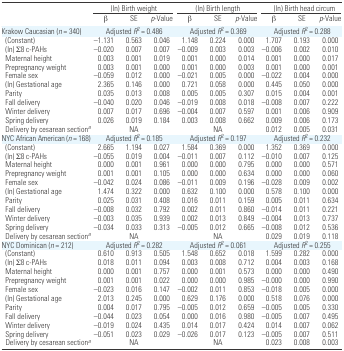
<table><thead><tr><td></td><td colspan="3"><b>(ln) Birth weight</b></td><td colspan="3"><b>(ln) Birth length</b></td><td colspan="3"><b>(ln) Birth head circum</b></td></tr><tr><td></td><td><b>β</b></td><td><b>SE</b></td><td><b><i>p</i>-Value</b></td><td><b>β</b></td><td><b>SE</b></td><td><b><i>p</i>-Value</b></td><td><b>β</b></td><td><b>SE</b></td><td><b><i>p</i>-Value</b></td></tr></thead><tbody><tr><td>Krakow Caucasian (<i>n</i> = 340)</td><td colspan="3">Adjusted <i>R</i><sup>2</sup> = 0.486</td><td colspan="3">Adjusted <i>R</i><sup>2</sup> = 0.369</td><td colspan="3">Adjusted <i>R</i><sup>2</sup> = 0.288</td></tr><tr><td> (Constant)</td><td>−1.131</td><td>0.563</td><td>0.046</td><td>1.148</td><td>0.224</td><td>0.000</td><td>1.707</td><td>0.193</td><td>0.000</td></tr><tr><td> (ln) ∑8 c-PAHs</td><td>−0.020</td><td>0.007</td><td>0.007</td><td>−0.009</td><td>0.003</td><td>0.003</td><td>−0.006</td><td>0.002</td><td>0.010</td></tr><tr><td> Maternal height</td><td>0.003</td><td>0.001</td><td>0.019</td><td>0.001</td><td>0.000</td><td>0.014</td><td>0.001</td><td>0.000</td><td>0.017</td></tr><tr><td> Prepregnancy weight</td><td>0.003</td><td>0.001</td><td>0.000</td><td>0.001</td><td>0.000</td><td>0.003</td><td>0.001</td><td>0.000</td><td>0.001</td></tr><tr><td> Female sex</td><td>−0.059</td><td>0.012</td><td>0.000</td><td>−0.021</td><td>0.005</td><td>0.000</td><td>−0.022</td><td>0.004</td><td>0.000</td></tr><tr><td> (ln) Gestational age</td><td>2.365</td><td>0.146</td><td>0.000</td><td>0.721</td><td>0.058</td><td>0.000</td><td>0.445</td><td>0.050</td><td>0.000</td></tr><tr><td> Parity</td><td>0.035</td><td>0.013</td><td>0.008</td><td>0.005</td><td>0.005</td><td>0.307</td><td>0.015</td><td>0.004</td><td>0.001</td></tr><tr><td> Fall delivery</td><td>−0.040</td><td>0.020</td><td>0.046</td><td>−0.019</td><td>0.008</td><td>0.018</td><td>−0.008</td><td>0.007</td><td>0.222</td></tr><tr><td> Winter delivery</td><td>0.007</td><td>0.017</td><td>0.696</td><td>−0.004</td><td>0.007</td><td>0.597</td><td>0.001</td><td>0.006</td><td>0.909</td></tr><tr><td> Spring delivery</td><td>0.026</td><td>0.019</td><td>0.184</td><td>0.003</td><td>0.008</td><td>0.662</td><td>0.009</td><td>0.006</td><td>0.173</td></tr><tr><td> Delivery by cesarean sectiona</td><td></td><td>NA</td><td></td><td></td><td>NA</td><td></td><td>0.012</td><td>0.005</td><td>0.031</td></tr><tr><td>NYC African American (<i>n</i> = 168)</td><td colspan="3">Adjusted <i>R</i><sup>2</sup> = 0.185</td><td colspan="3">Adjusted <i>R</i><sup>2</sup> = 0.197</td><td colspan="3">Adjusted <i>R</i><sup>2</sup> = 0.232</td></tr><tr><td> (Constant)</td><td>2.665</td><td>1.194</td><td>0.027</td><td>1.584</td><td>0.369</td><td>0.000</td><td>1.352</td><td>0.369</td><td>0.000</td></tr><tr><td> (ln) ∑8 c-PAHs</td><td>−0.055</td><td>0.019</td><td>0.004</td><td>−0.011</td><td>0.007</td><td>0.112</td><td>−0.010</td><td>0.007</td><td>0.125</td></tr><tr><td> Maternal height</td><td>0.000</td><td>0.001</td><td>0.961</td><td>0.000</td><td>0.000</td><td>0.795</td><td>0.000</td><td>0.000</td><td>0.571</td></tr><tr><td> Prepregnancy weight</td><td>0.001</td><td>0.001</td><td>0.105</td><td>0.000</td><td>0.000</td><td>0.634</td><td>0.000</td><td>0.000</td><td>0.060</td></tr><tr><td> Female sex</td><td>−0.042</td><td>0.024</td><td>0.086</td><td>−0.011</td><td>0.009</td><td>0.196</td><td>−0.028</td><td>0.009</td><td>0.002</td></tr><tr><td> (ln) Gestational age</td><td>1.474</td><td>0.322</td><td>0.000</td><td>0.632</td><td>0.100</td><td>0.000</td><td>0.578</td><td>0.100</td><td>0.000</td></tr><tr><td> Parity</td><td>0.025</td><td>0.031</td><td>0.408</td><td>0.016</td><td>0.011</td><td>0.159</td><td>0.005</td><td>0.011</td><td>0.634</td></tr><tr><td> Fall delivery</td><td>−0.008</td><td>0.032</td><td>0.792</td><td>0.002</td><td>0.011</td><td>0.860</td><td>−0.014</td><td>0.011</td><td>0.221</td></tr><tr><td> Winter delivery</td><td>−0.003</td><td>0.035</td><td>0.939</td><td>0.002</td><td>0.013</td><td>0.849</td><td>−0.004</td><td>0.013</td><td>0.737</td></tr><tr><td> Spring delivery</td><td>−0.034</td><td>0.033</td><td>0.313</td><td>−0.005</td><td>0.012</td><td>0.665</td><td>−0.008</td><td>0.012</td><td>0.536</td></tr><tr><td> Delivery by cesarean sectiona</td><td></td><td>NA</td><td></td><td></td><td>NA</td><td></td><td>0.029</td><td>0.019</td><td>0.118</td></tr><tr><td>NYC Dominican (<i>n</i> = 212)</td><td colspan="3">Adjusted <i>R</i><sup>2</sup> = 0.282</td><td colspan="3">Adjusted <i>R</i><sup>2</sup> = 0.061</td><td colspan="3">Adjusted <i>R</i><sup>2</sup> = 0.255</td></tr><tr><td> (Constant)</td><td>0.610</td><td>0.913</td><td>0.505</td><td>1.548</td><td>0.652</td><td>0.018</td><td>1.599</td><td>0.282</td><td>0.000</td></tr><tr><td> (ln) ∑8 c-PAHs</td><td>0.018</td><td>0.011</td><td>0.094</td><td>0.003</td><td>0.008</td><td>0.712</td><td>0.004</td><td>0.003</td><td>0.168</td></tr><tr><td> Maternal height</td><td>0.000</td><td>0.001</td><td>0.757</td><td>0.000</td><td>0.001</td><td>0.573</td><td>0.000</td><td>0.000</td><td>0.490</td></tr><tr><td> Prepregnancy weight</td><td>0.001</td><td>0.001</td><td>0.022</td><td>0.000</td><td>0.000</td><td>0.985</td><td>−0.000</td><td>0.000</td><td>0.990</td></tr><tr><td> Female sex</td><td>−0.023</td><td>0.016</td><td>0.147</td><td>−0.002</td><td>0.011</td><td>0.853</td><td>−0.018</td><td>0.005</td><td>0.000</td></tr><tr><td> (ln) Gestational age</td><td>2.013</td><td>0.245</td><td>0.000</td><td>0.629</td><td>0.176</td><td>0.000</td><td>0.518</td><td>0.076</td><td>0.000</td></tr><tr><td> Parity</td><td>0.004</td><td>0.017</td><td>0.795</td><td>−0.005</td><td>0.012</td><td>0.659</td><td>−0.005</td><td>0.005</td><td>0.330</td></tr><tr><td> Fall delivery</td><td>−0.044</td><td>0.023</td><td>0.054</td><td>0.000</td><td>0.016</td><td>0.980</td><td>−0.005</td><td>0.007</td><td>0.495</td></tr><tr><td> Winter delivery</td><td>−0.019</td><td>0.024</td><td>0.435</td><td>0.014</td><td>0.017</td><td>0.424</td><td>0.014</td><td>0.007</td><td>0.062</td></tr><tr><td> Spring delivery</td><td>−0.051</td><td>0.023</td><td>0.029</td><td>−0.026</td><td>0.017</td><td>0.123</td><td>−0.005</td><td>0.007</td><td>0.511</td></tr><tr><td> Delivery by cesarean sectiona</td><td></td><td>NA</td><td></td><td></td><td>NA</td><td></td><td>0.023</td><td>0.008</td><td>0.003</td></tr></tbody></table>